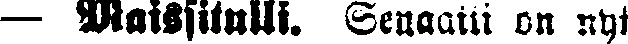
— Maissitulli. Senaatti on nyt